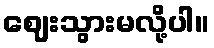
ဈေးသွားမလို့ပါ။